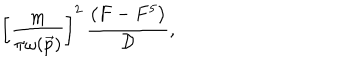
\left[ \frac { m } { \pi \omega ( \vec { p } ) } \right] ^ { 2 } \, \frac { \left( F - F ^ { 5 } \right) } { { \cal D } } ,